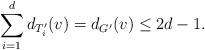
LaTeX: \begin{align*}\sum_{i=1}^{d} d_{T_i'}(v)=d_{G'}(v)\leq 2d-1.\end{align*}